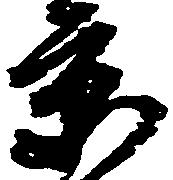
京